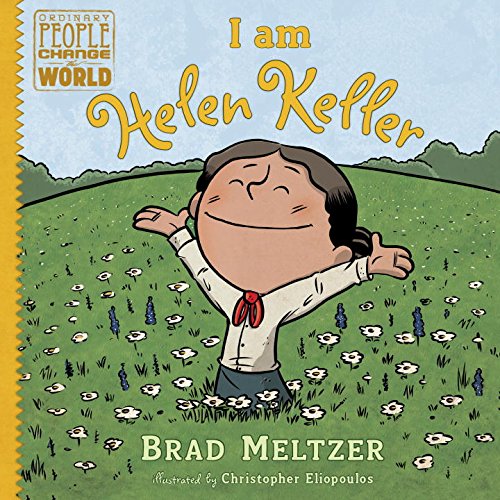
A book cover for I am Helen Keller (Ordinary People Change the World); Brad Meltzer; Children's Books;